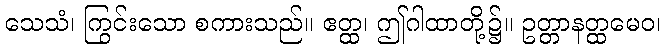
သေသံ၊ ကြွင်းသော စကားသည်။ ဧတ္ထ၊ ဤဂါထာတို့၌။ ဥတ္တာနတ္ထမေဝ၊